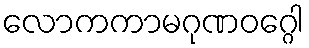
လောကကာမဂုဏဝဂ္ဂေါ